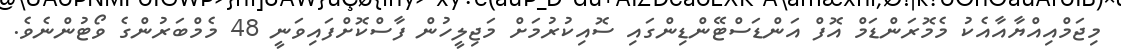
މިޖަމްއިއްޔާއާއެކު މެމޮރަންޑަމް އޮފް އަންޑަސްޓޭންޑިންގައި ސޮއިކުރުމަށް މަޖިލީހުން ފާސްކޮށްފައިވަނީ 48 މެމްބަރުންގެ ވޯޓުންނެވެ.